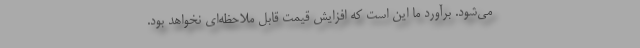
می‌شود. برآورد ما این است که افزایش قیمت قابل ملاحظه‌ای نخواهد بود.